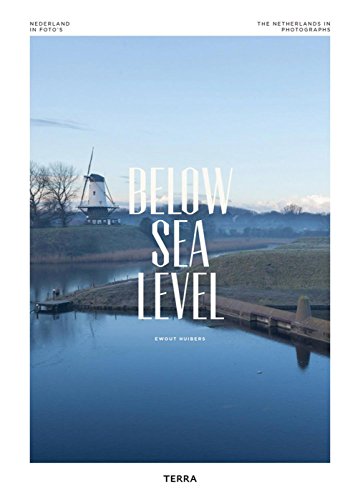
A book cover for Below Sea Level: The Netherlands in Photographs; Ewout Huibers; Travel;